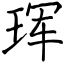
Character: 珲